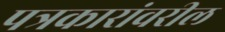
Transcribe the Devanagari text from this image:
पत्रकारांवरील